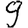
Digit: 9